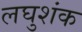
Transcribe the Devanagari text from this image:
लघुशंक